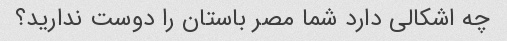
چه اشکالی دارد شما مصر باستان را دوست ندارید؟